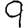
Digit: 9